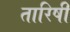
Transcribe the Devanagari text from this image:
तारिषी